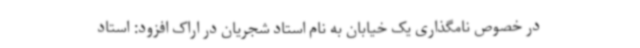
در خصوص نامگذاری یک خیابان به نام استاد شجریان در اراک افزود: استاد